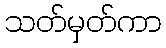
သတ်မှတ်ကာ